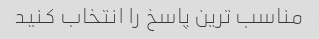
مناسب ترین پاسخ را انتخاب کنید